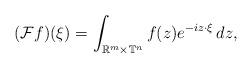
LaTeX: \begin{align*} (\mathcal{F} f)(\xi)= \int_{\mathbb{R}^m \times \mathbb{T}^n}f(z)e^{-iz\cdot \xi} \, dz,\end{align*}